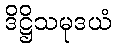
ဒိဋ္ဌိသမုဒယံ